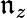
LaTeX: \mathfrak{n}_{z}